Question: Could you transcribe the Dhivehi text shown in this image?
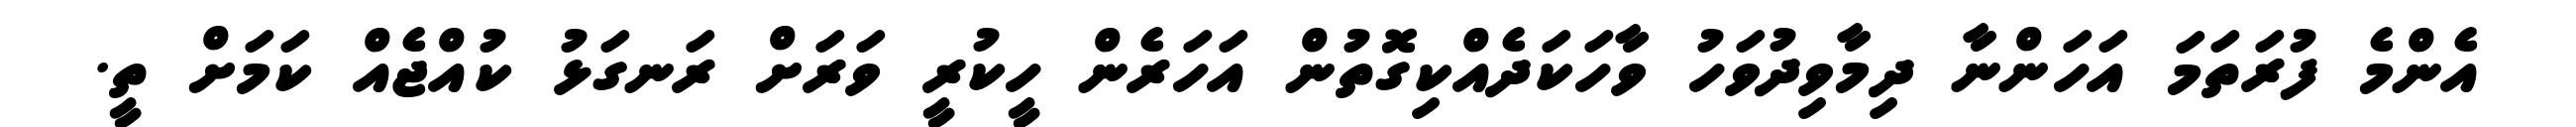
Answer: އެންމެ ފުރަތަމަ އަހަންނާ ދިމާވިދުވަހު ވާހަކަދެއްކިގޮތުން އަހަރެން ހީކުރީ ވަރަށް ރަނގަޅު ކުއްޖެއް ކަމަށް ތީ.